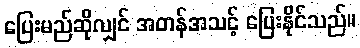
ပြေးမည်ဆိုလျှင် အတန်အသင့် ပြေးနိုင်သည်။